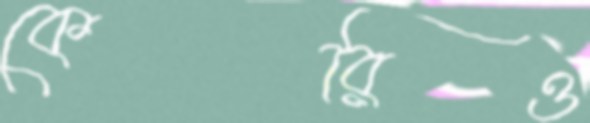
কেরিও